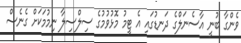
ވެންގާ ބުނީ އާސެނަލްގެ ދަނޑުގައި އެ ޓީމު މޮޅުވުމުގެ ސިލްސިލާ ނިމުމަކަށް ގެނެސް